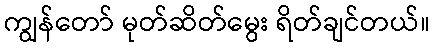
ကျွန်တော် မုတ်ဆိတ်မွေး ရိတ်ချင်တယ်။